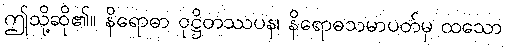
ဤသို့ဆို၏။ နိရောဓာ ဝုဋ္ဌိတဿပန၊ နိရောဓသမာပတ်မှ ထသော